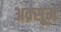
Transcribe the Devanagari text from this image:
अक़्सूम